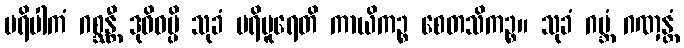
ပရိပါကံ ဂစ္ဆန္တီ ဒုဝိဓမ္ပိ သုခံ ပရိပူရေတိ ကာယိကဉ္စ စေတသိကဉ္စ။ သုခံ ဂဗ္ဘံ ဂဏှန္တံ